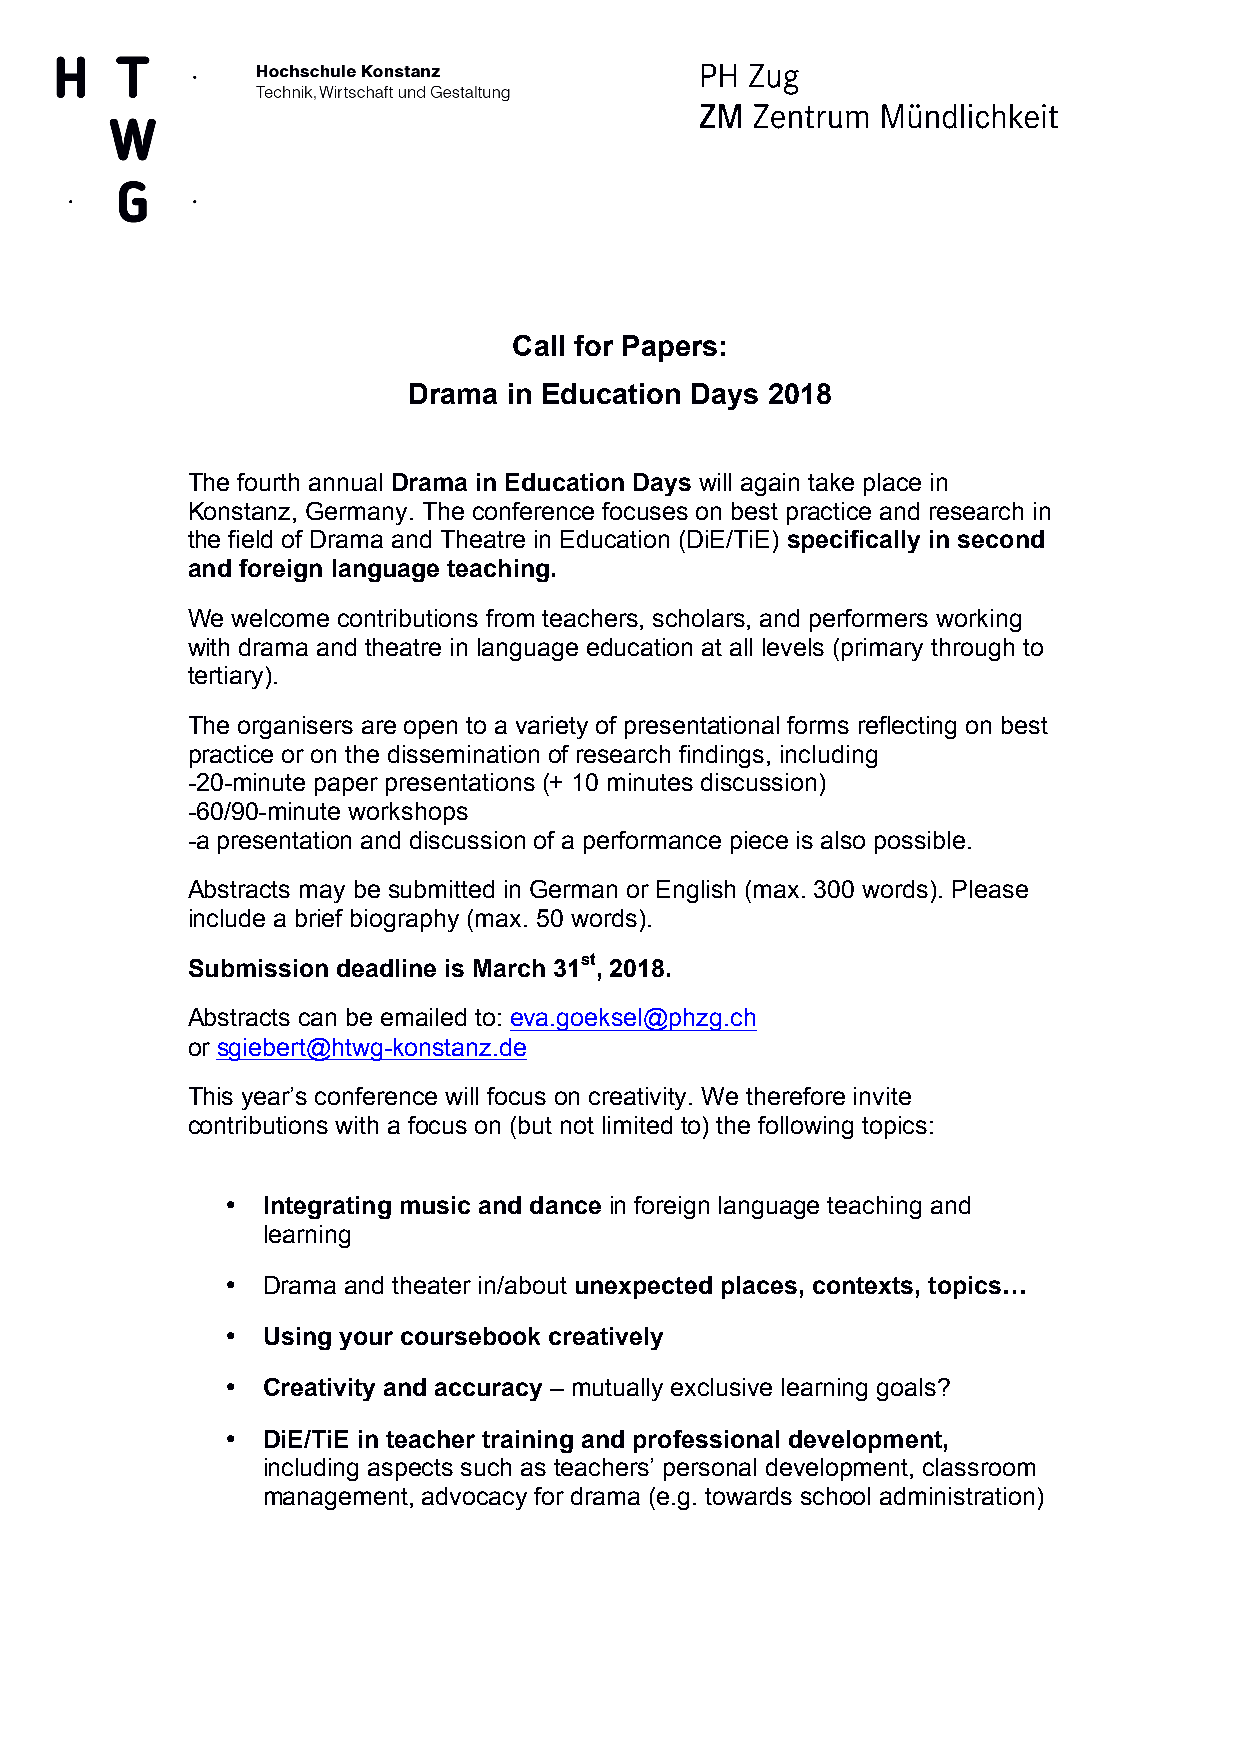
Call for Papers:
 Drama  in Education Days 2018
 The fourth annual Drama in Education Days will again take place in
 Konstanz, Germany. The conference focuses on best practice and research in
 the field of Drama and Theatre in Education (DiE/TiE) specifically in second
 and foreign language teaching.
 We welcome contributions from teachers, scholars, and performers working
 with drama and theatre in language education at all levels (primary through to
 tertiary).
 The organisers are open to a variety of presentational forms reflecting on best
 practice or on the dissemination of research findings, including
 -20-minute paper presentations (+ 10 minutes discussion)
 -60/90-minute workshops
 -a presentation and discussion of a performance piece is also possible.
 Abstracts may be submitted in German or English (max. 300 words). Please
 include a brief biography (max. 50 words).
 Submission deadline is March 31st, 2018.
 Abstracts can be emailed to: eva.goeksel@phzg.ch
 or sgiebert@htwg-konstanz.de
 This year’s conference will focus on creativity. We therefore invite
 contributions with a focus on (but not limited to) the following topics:
 • Integrating music and dance in foreign language teaching and
 learning
 • Drama and theater in/about unexpected places, contexts, topics…
 • Using your coursebook creatively
 • Creativity and accuracy – mutually exclusive learning goals?
 • DiE/TiE in teacher training and professional development,
 including aspects such as teachers’ personal development, classroom
 management, advocacy for drama (e.g. towards school administration)